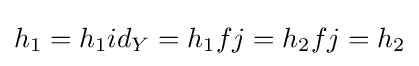
h_{1}=h_{1}id_{Y}=h_{1}fj=h_{2}fj=h_{2}